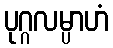
ပုဂ္ဂလမ္ပာဟံ